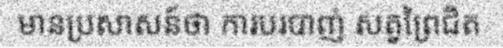
មានប្រសាសន៍ថា ការបរបាញ់ សត្វព្រៃជិត